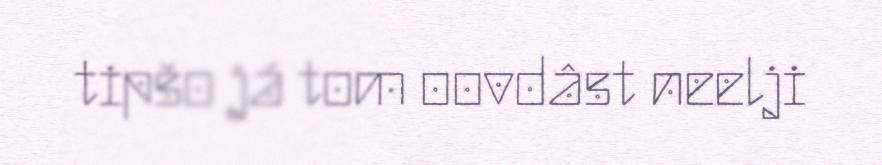
tipšo já tom oovdâst neelji